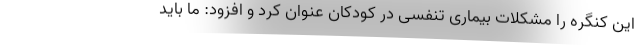
این کنگره را مشکلات بیماری تنفسی در کودکان عنوان کرد و افزود: ما باید